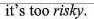
it's too risky.